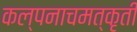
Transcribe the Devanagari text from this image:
कल्पनाचमत्कृती